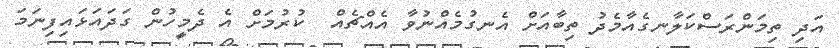
އަދި ތިމަންރަސްކަލާނގެއާމެދު ތިބާއަށް އެނގުމެއްނުވާ އެއްޗެއް  ކުރުމަށް އެ ދެމީހުން ގަދައަޅައިފިނަމަ